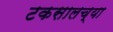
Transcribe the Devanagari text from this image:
टकसालच्या